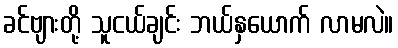
ခင်ဗျားတို့ သူငယ်ချင်း ဘယ်နှယောက် လာမလဲ။